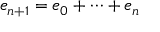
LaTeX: e _ { n + 1 } = e _ { 0 } + \dots + e _ { n }